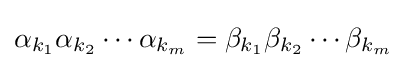
\alpha _{k_{1}}\alpha _{k_{2}}\dotsb \alpha _{k_{m}}=\beta _{k_{1}}\beta _{k_{2}}\dotsb \beta _{k_{m}}